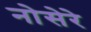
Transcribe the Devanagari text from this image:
नोसेरे